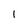
Character: I